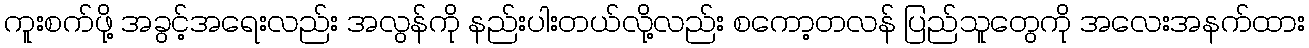
ကူးစက်ဖို့ အခွင့်အရေးလည်း အလွန်ကို နည်းပါးတယ်လို့လည်း စကော့တလန် ပြည်သူတွေကို အလေးအနက်ထား